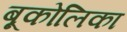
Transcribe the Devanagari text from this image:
बूकोलिका